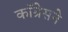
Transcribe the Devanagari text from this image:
कॉग्रेसने